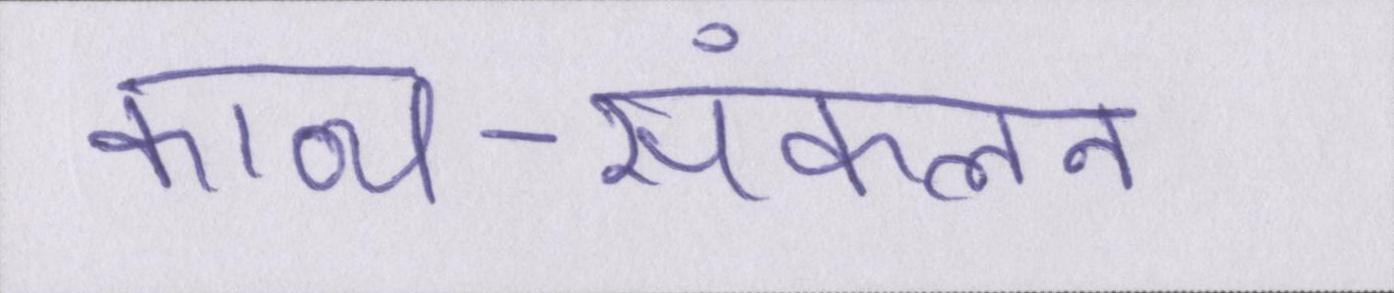
काव्य-संकलन